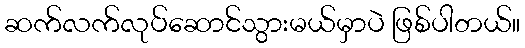
ဆက်လက်လုပ်ဆောင်သွားမယ်မှာပဲ ဖြစ်ပါတယ်။